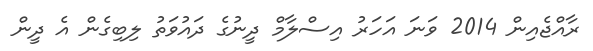
ރާއްޖެއިން 2014 ވަނަ އަހަރު އިސްލާމް ދީނުގެ ދައުވަތު ލިބިގެން އެ ދީން